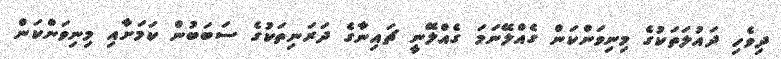
ދިވެހި ދައުލަތަކުގެ މިނިވަންކަން ގެއްލޭނަމަ ގެއްލޭނީ ޗައިނާގެ ދަރަނިތަކުގެ ސަބަބުން ކަމަށާއި މިނިވަންކަން